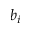
b _ { i }